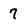
Character: 7